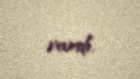
vardı.